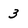
Character: 3